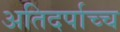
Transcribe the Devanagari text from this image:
अतिदर्पाच्च